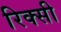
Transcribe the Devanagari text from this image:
रिक्सी